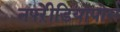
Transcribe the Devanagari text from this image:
नफ्ऱेीडियोपोर्स